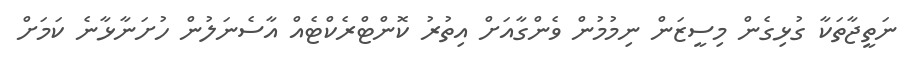
ނަތީޖާތަކާ ގުޅިގެން މިސީޒަން ނިމުމުން ވެންގާއަށް އިތުރު ކޮންޓްރެކްޓެއް އާސެނަލުން ހުށަނާޅާނެ ކަމަށް